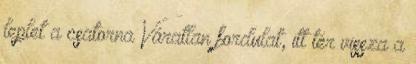
lep­let a csa­torna Váratlan fordulat, itt tér vissza a